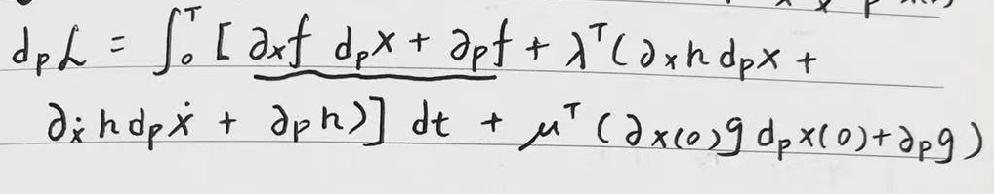
\[
\begin{align*}
d_p\mathcal{L}&=\int_{0}^{T}\left[\partial_x f d_p x+\partial_p f+\lambda^{\top}(\partial_x h d_p x+\partial_{\dot{x}} h d_p\dot{x}+\partial_p h)\right]dt+\mu^{\top}(\partial_{x(0)}g d_p x(0)+\partial_p g)
\end{align*}
\]